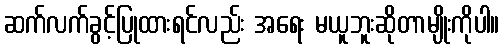
ဆက်လက်ခွင့်ပြုထားရင်လည်း အရေး မယူဘူးဆိုတာမျိုးကိုပါ။